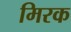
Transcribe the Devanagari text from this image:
मिरक